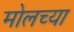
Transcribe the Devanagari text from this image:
मोलच्या